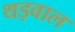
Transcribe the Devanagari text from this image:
थड़वाल